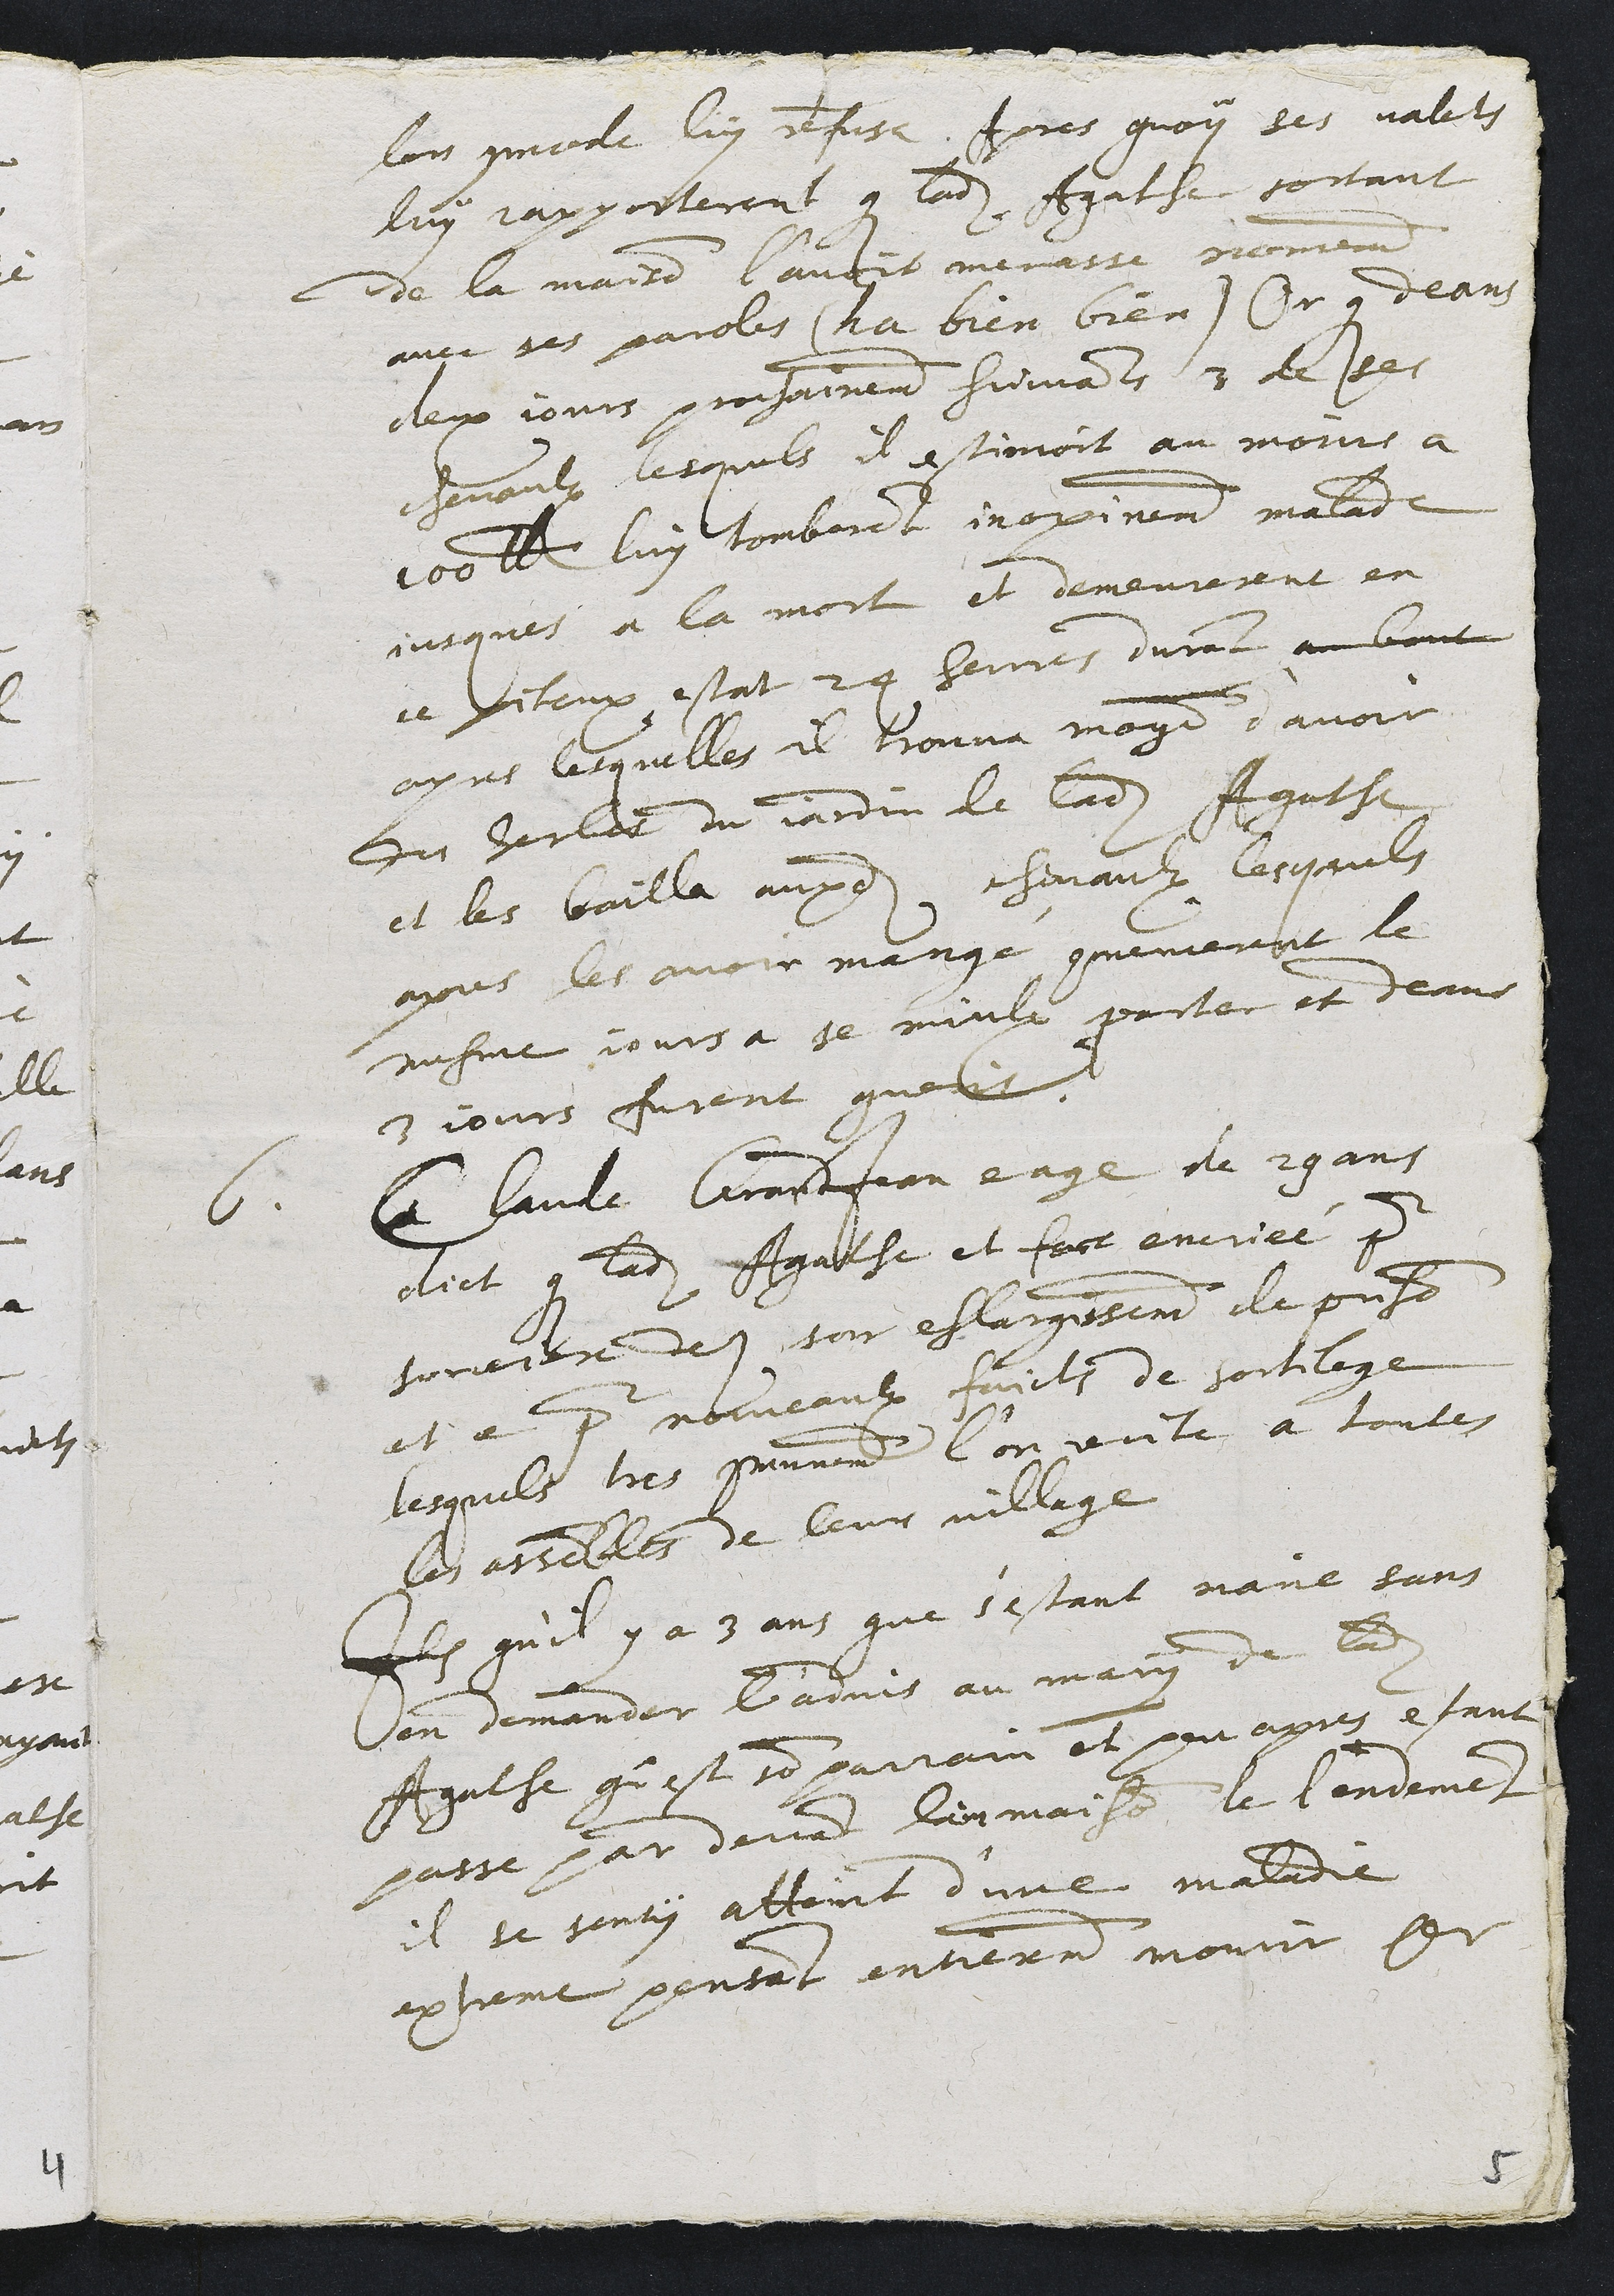
lors commode luy refusa. Apres quoy ses valets
luy rapporterent que ladite Agathe sortant
de la maison l'avoir menasse nommement
avec ses paroles (ha bien bien) Or que deans
deux jours prochainement suivants 3 de ses
chevaulx lesquels estimoit au moins a
100 livres luy tombarent inopinement malade
jusques a la mort et demeurarent en
ce piteux estat 24 heures durant au bout
apres lesquelles il trouva moyen d'avoir
des herbes du jardin de ladite Agathe
et les bailla auxdits chevaulx lesquels
apres les avoir mangé commencerent le
mesme jours a se mieulx porter et deans
3 jours furent guerit.
6 Claude GrandJean eage de 29 ans
dict que ladite Agathe est fort encriée pour
sorciere des son eslargissement de prison
et ce pour nouveaulx faicts de sortilege
lesquels tres communement l'on recite a toutes
les assembles de leur village
Item qu'il y a 3 ans que s'estant marie sans
en demander l'advis au mary de ladite
Agathe qu'est son parrain et peu apres estant
passe par devant leur maison le lendemain
il se senty atteint d'une maladie
extreme pensant entierement mourir Or